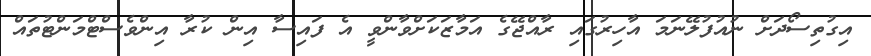
އިގުތިސޯދަށް ނުއުފުލޭނަމަ އާހިރުގައި ރާއްޖޭގެ އަމާޒަކަށްވާންވީ އެ ފައިސާ އިން ކުރާ އިންވެސްޓްމަންޓުތައް